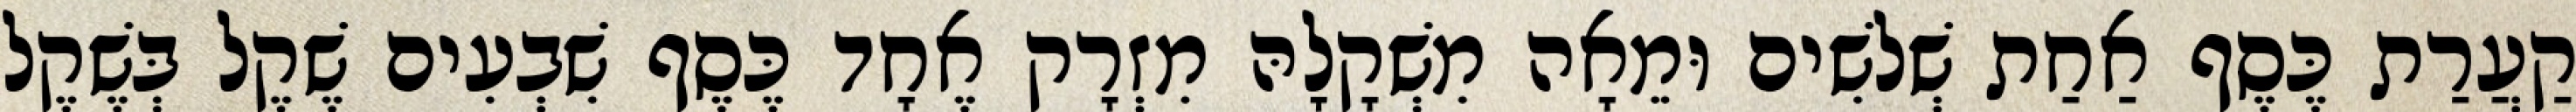
קַעֲרַת כֶּסֶף אַחַת שְׁלשִׁים וּמֵאָה מִשְׁקָלָהּ מִזְרָק אֶחָד כֶּסֶף שִׁבְעִים שֶׁקֶל בְּשֶׁקֶל